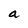
Character: a